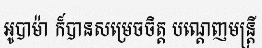
អូបាម៉ា ក៏បានសម្រេចចិត្ត បណ្តេញមន្ត្រី